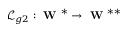
\mathcal { L } _ { g 2 } : \textbf { W } ^ { * } \to \textbf { W } ^ { * * }